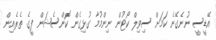
އޭޑީސީ ނުނެގޭނެ ކަމަށް ސިވިލް ކޯޓުން ނިންމުމާ ގުޅިގެން ކޮންސެޝަން ފީގެ ތެރެއިން